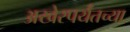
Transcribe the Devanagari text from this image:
अखेरपर्यंतच्या